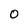
Character: O